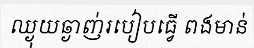
ឈ្ងុយឆ្ងាញ់របៀបធ្វើ ពងមាន់